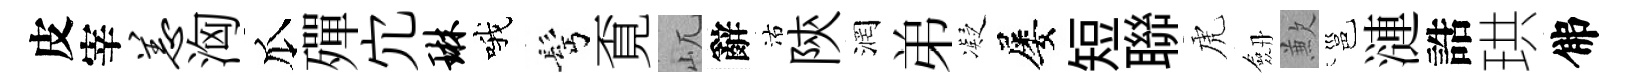
皮宰恙洶瓜殫宂琳哦髩覔屼辭沽陝润弟凝屡短聯虎劔歉邕漣誥珙佛